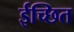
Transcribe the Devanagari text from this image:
ईच्छित